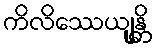
ကိလိဿေယျုန္တိ